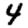
Digit: 4